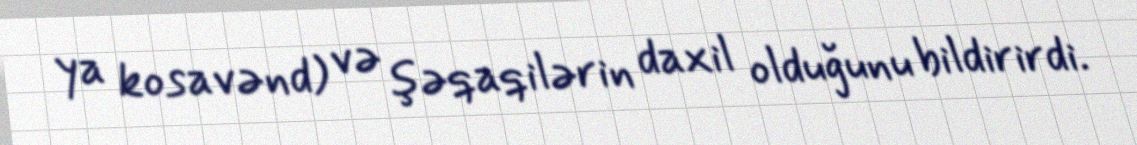
ya kosavənd) və şəqaqilərin daxil olduğunu bildirirdi.